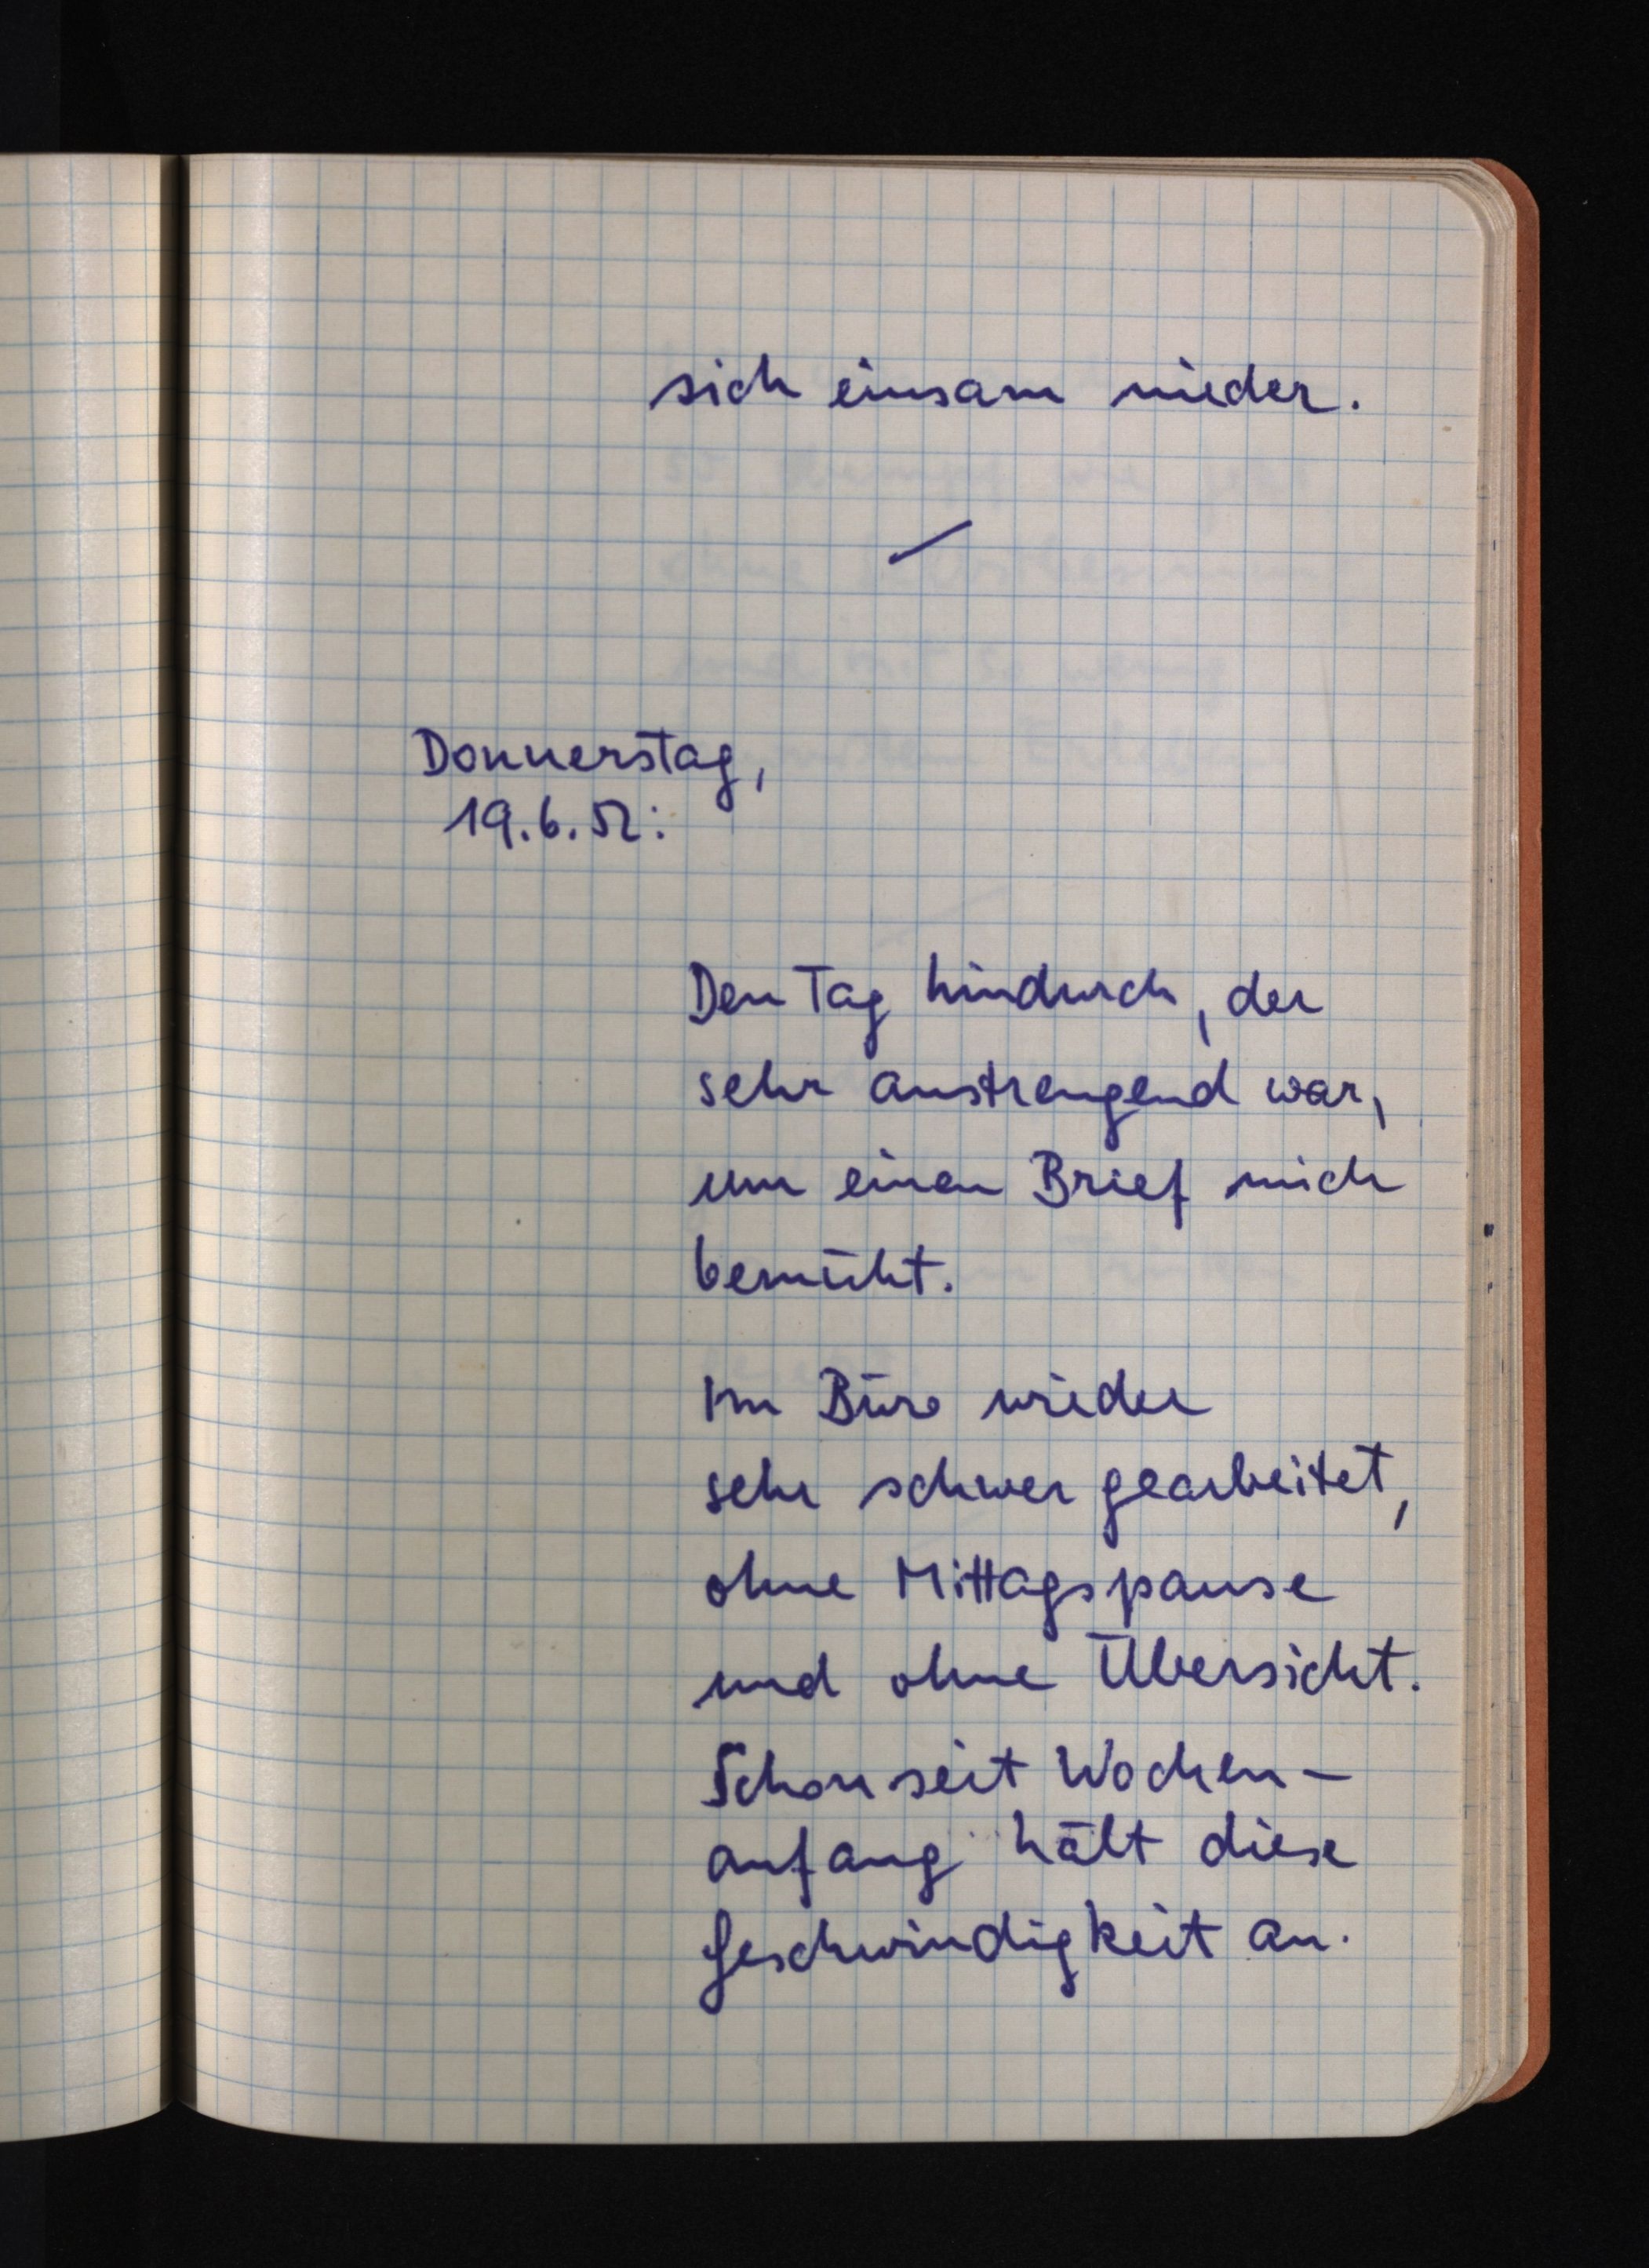
sich einsam nieder.
Donnerstag,
19.6.52:
Den Tag hindurch, der
sehr anstrengend war,
um einen Brief mich
bemüht.
Im Büro wieder
sehr schwer gearbeitet,
ohne Mittagspause
und ohne Übersicht.
Schon seit Wochen¬
anfang hält diese
Geschwindigkeit an.